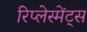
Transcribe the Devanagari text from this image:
रिप्लेस्मेंट्स